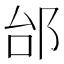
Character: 邰